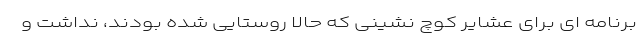
برنامه ای برای عشایر کوچ نشینی که حالا روستایی شده بودند، نداشت و